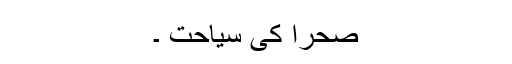
صحرا کی سیاحت ۔